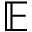
\mathbb { E }